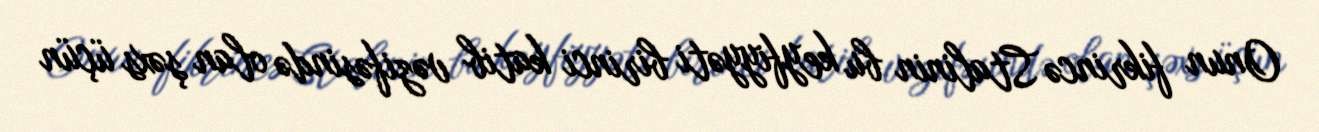
Onun fikrincə Stalinin bu keyfiyyəti birinci katib vəzifəsində olan şəxs üçün